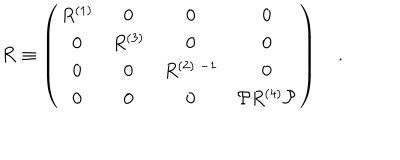
{ \cal R } \equiv \left( \begin{array} { c c c c } { { R ^ { ( 1 ) } } } & { { 0 } } & { { 0 } } & { { 0 } } \\ { { 0 } } & { { R ^ { ( 3 ) } } } & { { 0 } } & { { 0 } } \\ { { 0 } } & { { 0 } } & { { R ^ { ( 2 ) \; - 1 } } } & { { 0 } } \\ { { 0 } } & { { 0 } } & { { 0 } } & { { { \cal P } R ^ { ( 4 ) } { \cal P } } } \\ \end{array} \right) \quad . \qquad